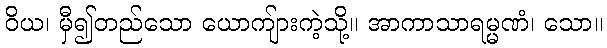
ဝိယ၊ မှီ၍တည်သော ယောကျ်ားကဲ့သို့။ အာကာသာရမ္မဏံ၊ သော။